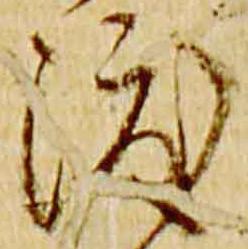
渡